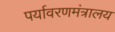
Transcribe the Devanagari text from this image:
पर्यावरणमंत्रालय